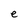
Character: e